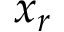
x _ { r }